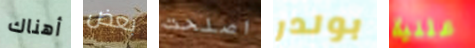
أهناك بعض اصلحت بولدر علنية